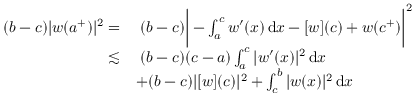
\begin{array} { r l } { ( b - c ) | w ( a ^ { + } ) | ^ { 2 } = } & { \; ( b - c ) \bigg | - \int _ { a } ^ { c } w ^ { \prime } ( x ) \, \mathrm { d } x - [ w ] ( c ) + w ( c ^ { + } ) \bigg | ^ { 2 } } \\ { \lesssim } & { \; ( b - c ) ( c - a ) \int _ { a } ^ { c } | w ^ { \prime } ( x ) | ^ { 2 } \, \mathrm { d } x } \\ & { + ( b - c ) | [ w ] ( c ) | ^ { 2 } + \int _ { c } ^ { b } | w ( x ) | ^ { 2 } \, \mathrm { d } x } \end{array}